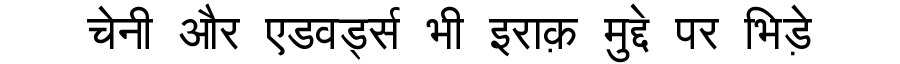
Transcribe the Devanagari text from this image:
चेनी और एडवर्ड्स भी इराक़ मुद्दे पर भिड़े